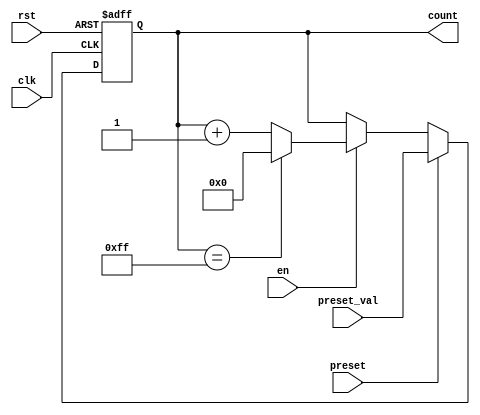
module presettable_counter (
    input wire clk,               // Clock signal
    input wire rst,               // Asynchronous reset
    input wire preset,            // Control signal to load preset value
    input wire [7:0] preset_val,  // Preset value (8-bit for example)
    input wire en,                // Enable signal
    output reg [7:0] count        // Current count value (8-bit)
);

    // Define the maximum count value based on the bit-width
    localparam MAX_COUNT = 8'hFF; // Maximum value for an 8-bit counter

    // Asynchronous reset and preset operation
    always @(posedge clk or posedge rst) begin
        if (rst) begin
            count <= 8'b0; // Reset count to 0
        end else if (preset) begin
            count <= preset_val; // Load preset value
        end else if (en) begin
            // Increment count with wrap around
            if (count == MAX_COUNT) begin
                count <= 8'b0; // Wrap around to 0
            end else begin
                count <= count + 1'b1; // Increment count
            end
        end
    end

endmodule